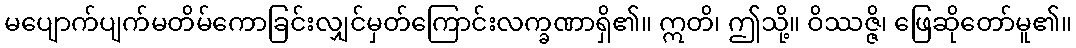
မပျောက်ပျက်မတိမ်ကောခြင်းလျှင်မှတ်ကြောင်းလက္ခဏာရှိ၏။ ဣတိ၊ ဤသို့။ ဝိဿဇ္ဇိ၊ ဖြေဆိုတော်မူ၏။